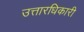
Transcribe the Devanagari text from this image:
उत्तारधिकारी